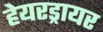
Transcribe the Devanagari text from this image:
हेयरड्रायर